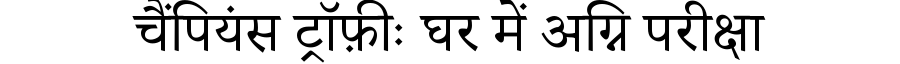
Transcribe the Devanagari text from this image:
चैंपियंस ट्रॉफ़ीः घर में अग्नि परीक्षा